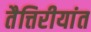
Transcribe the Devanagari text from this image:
तैत्तिरीयांत